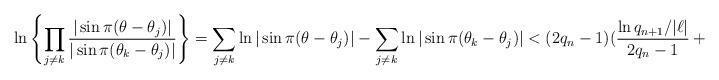
LaTeX: \begin{align*} \ln\left\lbrace\prod_{j\neq k} \frac{|\sin\pi(\theta-\theta_j)|}{|\sin\pi(\theta_k-\theta_j)|}\right\rbrace=\sum_{j\neq k} \ln|\sin\pi(\theta-\theta_j)|-\sum_{j\neq k} \ln|\sin\pi(\theta_k-\theta_j)|< (2q_n-1)(\frac{\ln{q_{n+1}/|\ell|}}{2q_n-1}+\epsilon).\end{align*}